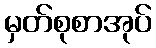
မှတ်စုစာအုပ်